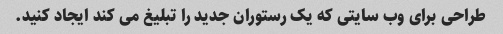
طراحی برای وب سایتی که یک رستوران جدید را تبلیغ می کند ایجاد کنید.